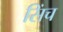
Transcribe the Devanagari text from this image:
सिंच